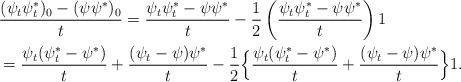
LaTeX: \begin{align*}&\frac{(\psi_t\psi^*_t)_0 -(\psi \psi^*)_0}{t} = \frac{\psi_t \psi^*_t - \psi \psi^*}{t} -\frac{1}{2} \left(\frac{\psi_t \psi^*_t - \psi \psi^*}{t}\right)1 \\& = \frac{\psi_t(\psi^*_t - \psi^*)}{t} + \frac{(\psi_t - \psi) \psi^*}{t} -\frac{1}{2} \Big\{ \frac{\psi_t(\psi^*_t -\psi^*)}{t} + \frac{(\psi_t -\psi)\psi^*}{t}\Big \}1.\end{align*}